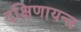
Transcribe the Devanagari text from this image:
दक्षिणायन्त्र